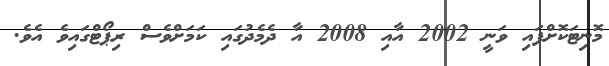
މޮނިޓަކޮށްފައި ވަނީ 2002 އާއި 2008 އާ ދެމެދުގައި ކަމަށްވެސް ރިޕޯޓްގައިވެ އެވެ.